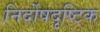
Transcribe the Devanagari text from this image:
निर्दोषदृष्टिक